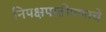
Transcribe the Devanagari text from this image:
निपक्षपातीपणाचे